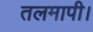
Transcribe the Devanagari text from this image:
तलमापी।